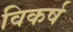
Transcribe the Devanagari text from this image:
विकर्ष